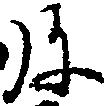
弥